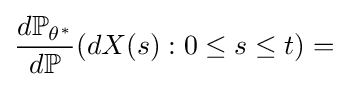
{\frac {d\mathbb {P} _{\theta ^{*}}}{d\mathbb {P} }}(dX(s):0\leq s\leq t)=